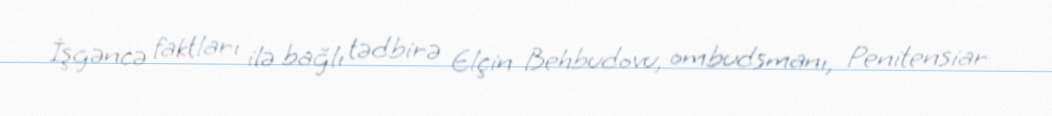
İşgəncə faktları ilə bağlı tədbirə Elçin Behbudovu, ombudsmanı, Penitensiar